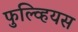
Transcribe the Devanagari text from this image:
फुल्व्हियस